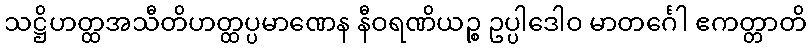
သဋ္ဌိဟတ္ထအသီတိဟတ္ထပ္ပမာဏေန နီဝရဏိယဉ္စ ဥပ္ပါဒေါဝ မာတင်္ဂေါ ဧကတ္တာတိ